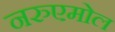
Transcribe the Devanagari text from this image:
नरुएमोल